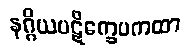
နဂ္ဂိယပဋိက္ခေပကထာ